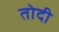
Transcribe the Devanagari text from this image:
तोदी